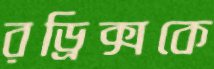
রড্রিক্সকে